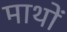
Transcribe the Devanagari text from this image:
माथों